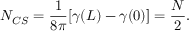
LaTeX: N _ { C S } = \frac { 1 } { 8 \pi } [ \gamma ( L ) - \gamma ( 0 ) ] = \frac { N } { 2 } .